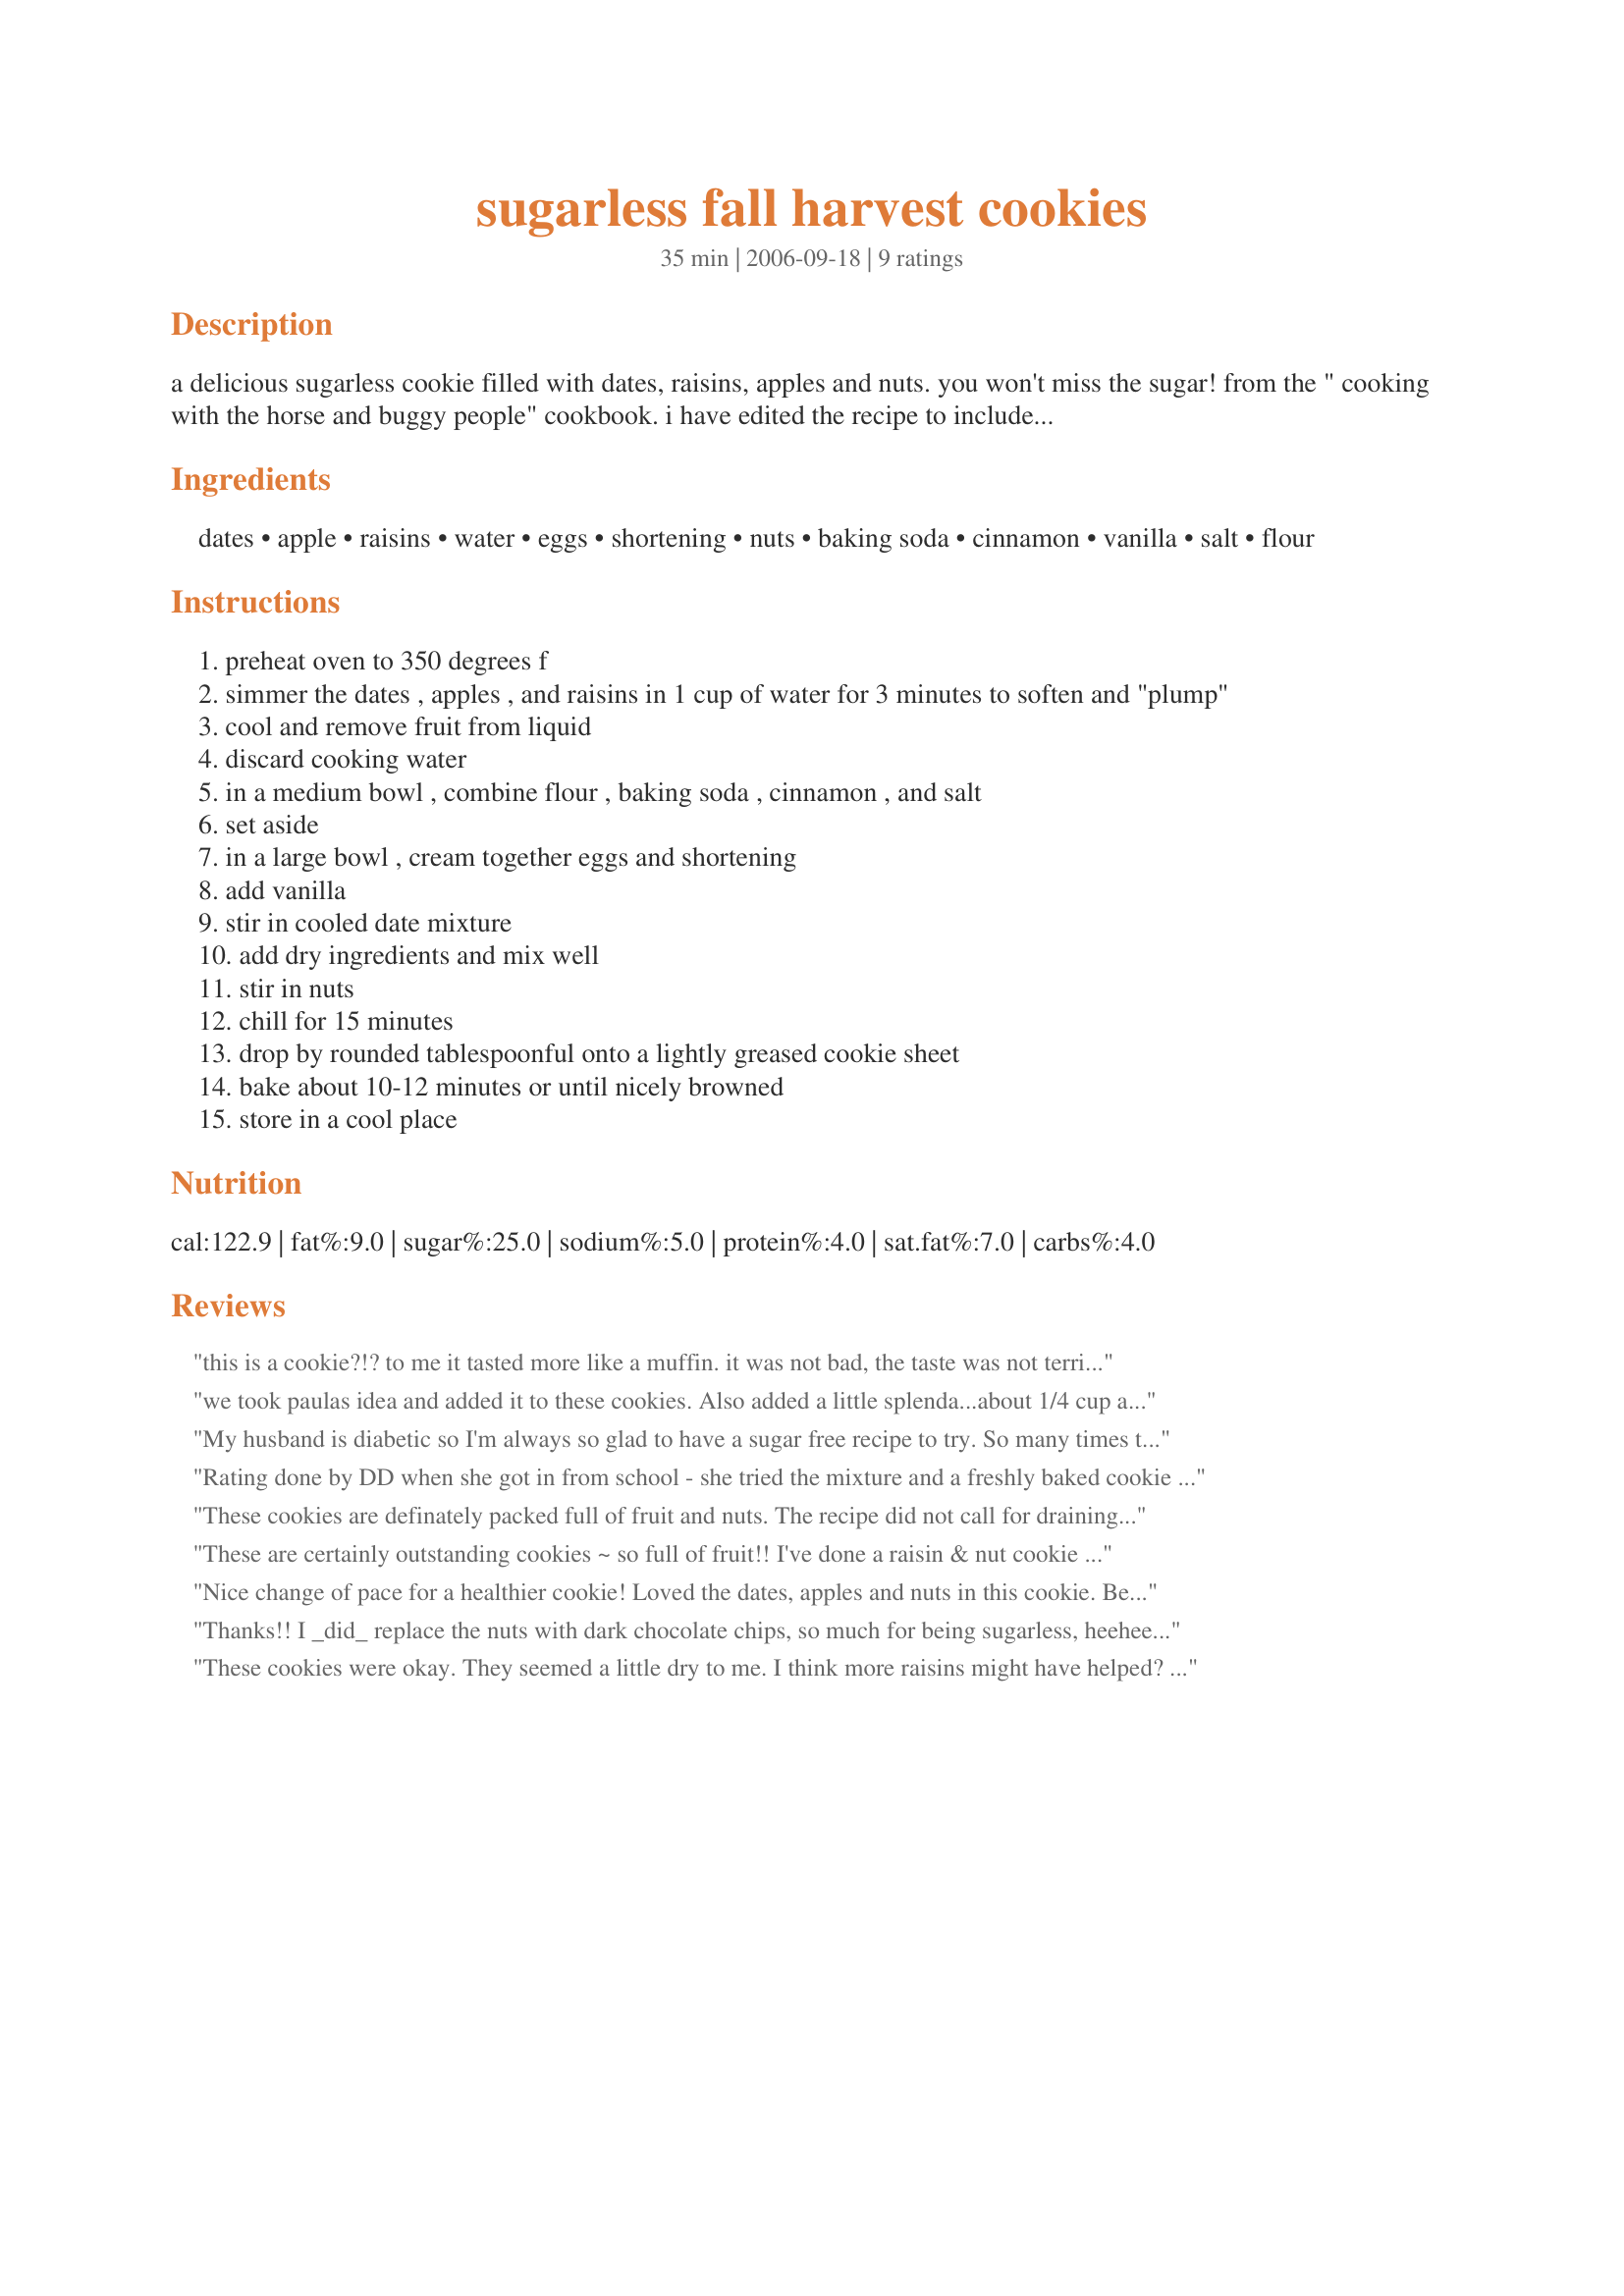
sugarless fall harvest cookies
Preparation time: 35 minutes

a delicious sugarless cookie filled with dates, raisins, apples and nuts. you won't miss the sugar! from the " cooking with the horse and buggy people" cookbook. i have edited the recipe to include draining the fruit after "plumping". thank you paula!

Ingredients:
dates, apple, raisins, water, eggs, shortening, nuts, baking soda, cinnamon, vanilla, salt, flour

Steps:
preheat oven to 350 degrees f
simmer the dates , apples , and raisins in 1 cup of water for 3 minutes to soften and "plump"
cool and remove fruit from liquid
discard cooking water
in a medium bowl , combine flour , baking soda , cinnamon , and salt
set aside
in a large bowl , cream together eggs and shortening
add vanilla
stir in cooled date mixture
add dry ingredients and mix well
stir in nuts
chill for 15 minutes
drop by rounded tablespoonful onto a lightly greased cookie sheet
bake about 10-12 minutes or until nicely browned
store in a cool place

Reviews:
this is a cookie?!? to me it tasted more like a muffin. it was not bad, the taste was not terrible. however i planned on serving it to guests as a COOKIE. if i am going to indulge in a COOKIE, i want it to be worth the calories. to make this one palatable (to guests who are not health freaks), i had to put a pumpkin glaze on it. two stars. not awful, but definitely not making again. save your calories for chocolate.
we took paulas idea and added it to these cookies. Also added a little splenda...about 1/4 cup and a handful of chocolate chips. It was a big hit here. Thank you Brenda
My husband is diabetic so I'm always so glad to have a sugar free recipe to try. So many times they end up being a disappointment -- BUT NOT THIS TIME! I followed the directions exactly -- but I'm thinking the next time I might throw in a few diced dried apricots. Nick's Mom -- my husband thanks you for posting this recipe!!
Rating done by DD when she got in from school - she tried the mixture and a freshly baked cookie and loved them - I must confess to adding a handful of choc chips to make them more teenager friendly and it worked !! Thanks to Nick's Mom
These cookies are definately packed full of fruit and nuts. The recipe did not call for draining the fruit and the dough was a little wet. I was able to save the dough by adding additional raisins, nuts and about 1/3 cup flour as well as chilling until very cold. The end result was a soft cake cookie filled with delicious fruit and nuts.
These are certainly outstanding cookies ~ so full of fruit!! I've done a raisin & nut cookie before, but with the addition of the dates & the apple, well...! Gotta admit, though, that I used an EXTRA 1/4 cup of nuts [slivered almonds]! Many thanks for posting the recipe!
Nice change of pace for a healthier cookie! Loved the dates, apples and nuts in this cookie. Because others stated it was a bit dry I was not overly concerned with totally draining the liquids from the fruit mixture and left a few tablespoons in there and that seemed to work for me. Moist and delicious cookie with a great texture that stood up to storage. Loved the fact that these are sugarless. Plan on making more for my Dad as a special treat that won't affect his sugar levels. Made in honor of those we all have loved but have lost through cancer during the Think Pink tag event. Love ya Bren!
Thanks!! I _did_ replace the nuts with dark chocolate chips, so much for being sugarless, heehee. I also used some chopped up prunes we had instaed of raisins. Yummy!
These cookies were okay. They seemed a little dry to me. I think more raisins might have helped? Not sure if I will make them again but what can you expect from a healthy cookie? So as far as healthy cookies go it was good.
